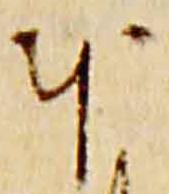
本